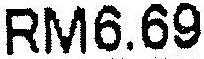
RM6.69